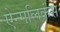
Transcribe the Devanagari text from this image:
ऐन्गलिकंस